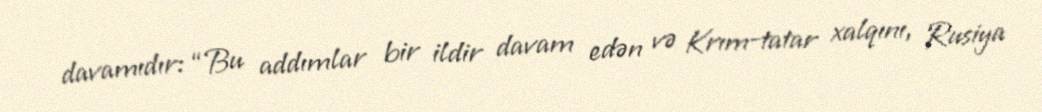
davamıdır: “Bu addımlar bir ildir davam edən və Krım-tatar xalqını, Rusiya